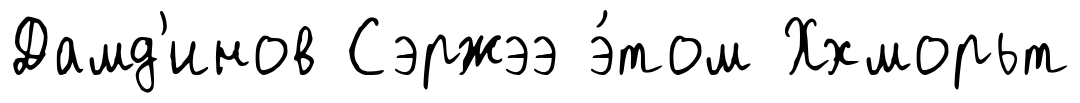
Дамд'инов Сэржээ э́том Ххморьт